Indian journal of veterinary science and animal husbandry - Volumes 22-23, 1952-1953
Year: 1952
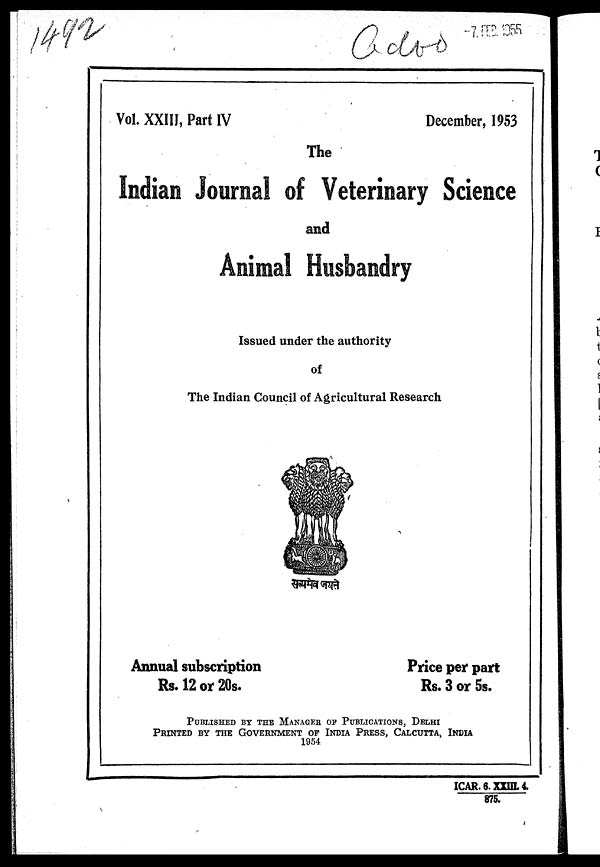
Vol. XXIII, Part IV
December, 1953
The
Indian Journal of Veterinary Science
and
Animal Husbandry
Issued under the authority
of
The Indian Council of Agricultural Research
Annual subscription
Rs. 12 or 20s.
Price per part
Rs. 3 or 5s.
PUBLISHED BY THE MANAGER OF PUBLICATIONS, DELHI
PRINTED BY THE GOVERNMENT OF INDIA PRESS, CALCUTTA, INDIA
1954
ICAR. 6. XXIII. 4.
875.